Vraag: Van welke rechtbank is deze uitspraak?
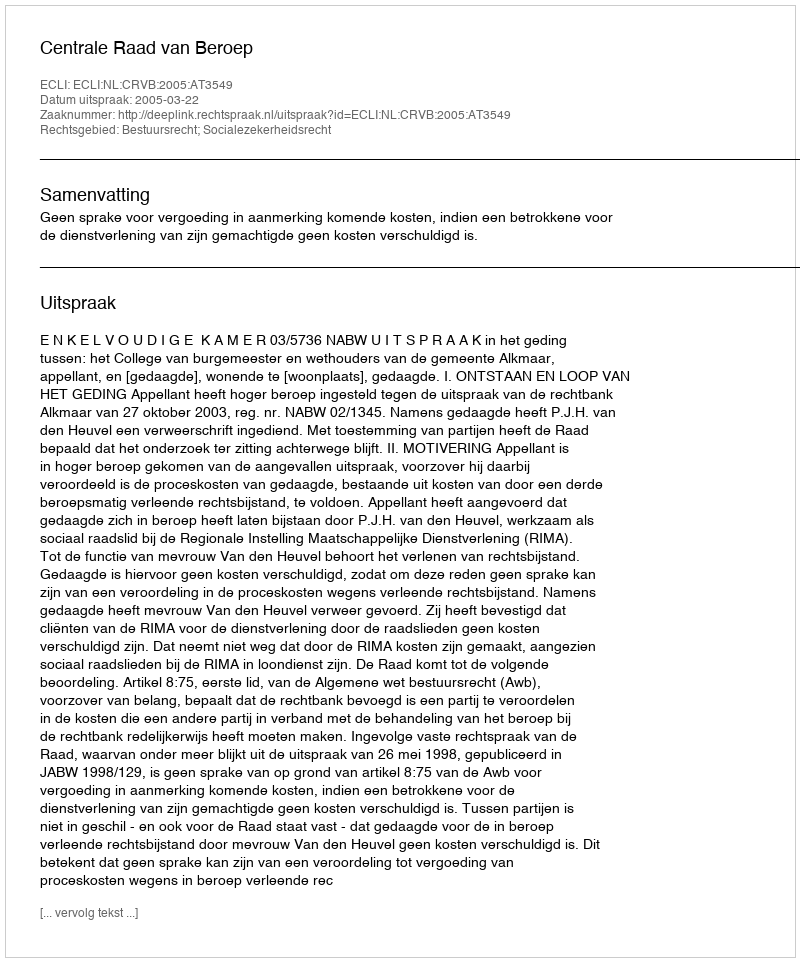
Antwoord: Centrale Raad van Beroep